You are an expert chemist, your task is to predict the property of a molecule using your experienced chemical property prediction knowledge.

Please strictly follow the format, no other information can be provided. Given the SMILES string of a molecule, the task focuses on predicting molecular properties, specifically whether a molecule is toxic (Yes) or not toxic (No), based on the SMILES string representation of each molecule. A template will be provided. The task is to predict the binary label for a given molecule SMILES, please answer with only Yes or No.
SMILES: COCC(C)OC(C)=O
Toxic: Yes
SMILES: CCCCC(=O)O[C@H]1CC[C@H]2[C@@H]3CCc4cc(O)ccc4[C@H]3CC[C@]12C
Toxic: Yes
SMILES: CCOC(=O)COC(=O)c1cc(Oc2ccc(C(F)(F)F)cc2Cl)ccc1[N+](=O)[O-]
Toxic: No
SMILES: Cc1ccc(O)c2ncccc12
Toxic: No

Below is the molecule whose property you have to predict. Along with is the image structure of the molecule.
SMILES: Oc1ccccc1O
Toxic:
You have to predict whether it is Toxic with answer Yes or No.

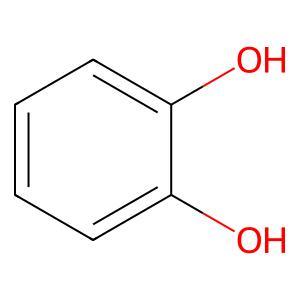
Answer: No